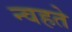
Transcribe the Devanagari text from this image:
न्वहते